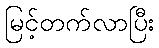
မြင့်တက်လာပြီး